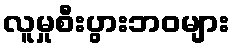
လူမှုစီးပွားဘဝများ